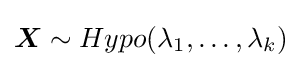
{\boldsymbol {X}}\sim Hypo(\lambda _{1},\dots ,\lambda _{k})